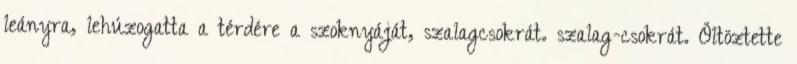
leányra, lehúzogatta a térdére a szoknyáját, szalagcsokrát. szalag-csokrát. Öltöztette